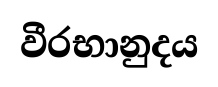
වීරභානුදය